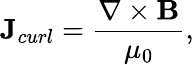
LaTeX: \textbf{J}_{curl}=\frac{\nabla\times\textbf{B}}{\mu_{0}},